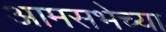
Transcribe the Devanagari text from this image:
आमसभेच्या